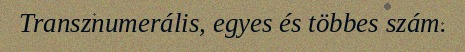
Transznumerális, egyes és többes szám.